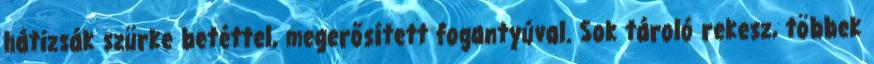
hátizsák szürke betéttel, megerősített fogantyúval. Sok tároló rekesz, többek